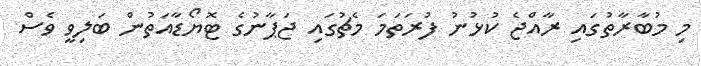
މި މުބާރާތުގައި ރާއްޖެ ކުޅުނު ފުރަތަމަ މެޗުގައި ޖަޕާނުގެ ޓޮޔޯޑާއަތުން ބަލިވީ ވެސް